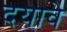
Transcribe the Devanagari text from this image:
दयावे